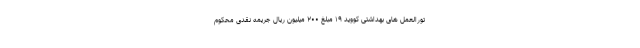
تورالعمل های بهداشتی کووید ۱۹ مبلغ ۲۰۰ میلیون ریال جریمه نقدی محکوم